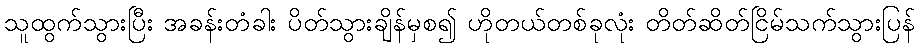
သူထွက်သွားပြီး အခန်းတံခါး ပိတ်သွားချိန်မှစ၍ ဟိုတယ်တစ်ခုလုံး တိတ်ဆိတ်ငြိမ်သက်သွားပြန်